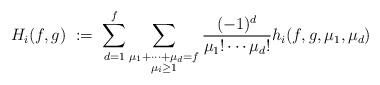
LaTeX: \begin{align*}H_i(f, g) \ \coloneqq \ \sum_{d = 1}^{f} \sum_{\substack{\mu_1+\dots+\mu_{d} = f \\ \mu_i \ge 1}} \frac{(-1)^{d}}{\mu_1! \cdots \mu_{d}!} h_i(f, g, \mu_1, \mu_{d})\end{align*}